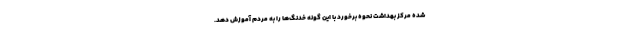
شده مرکز بهداشت نحوه برخورد با این گونه خدنگ‌ها را به مردم آموزش دهد.